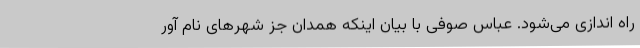
راه اندازی می‌شود. عباس صوفی با بیان اینکه همدان جز شهرهای نام آور